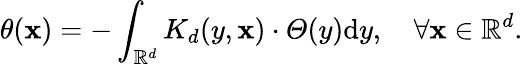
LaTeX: \theta(\mathbf{x})=-\int_{\mathbb{{R}}^{d}}K_{d}(y,\mathbf{x})\cdot\varTheta(y)\mathrm{{d}}y,\quad\forall\mathbf{x}\in\mathbb{{R}}^{d}.